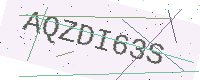
Text: AQZDI63S